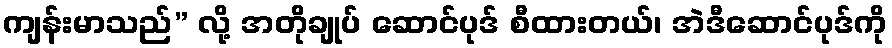
ကျန်းမာသည်” လို့ အတိုချုပ် ဆောင်ပုဒ် စီထားတယ်၊ အဲဒီဆောင်ပုဒ်ကို